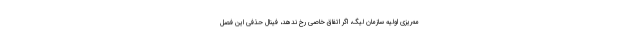
مه‌ریزی اولیه سازمان لیگ، اگر اتفاق خاصی رخ ندهد، فینال حذفی این فصل